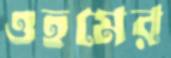
ওহমের